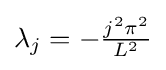
\lambda _{j}=-{\tfrac {j^{2}\pi ^{2}}{L^{2}}}